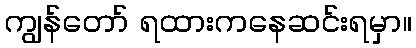
ကျွန်တော် ရထားကနေဆင်းရမှာ။